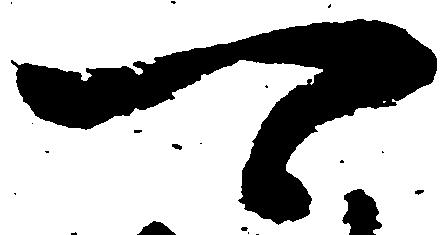
可